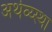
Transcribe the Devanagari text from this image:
अर्थव्य्स्था